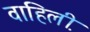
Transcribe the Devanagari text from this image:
वाहिली़